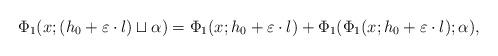
LaTeX: \begin{align*}\Phi_{1}(x;(h_{0}+\varepsilon\cdot l)\sqcup\alpha)=\Phi_{1}(x;h_{0}+\varepsilon\cdot l)+\Phi_{1}(\Phi_{1}(x;h_{0}+\varepsilon\cdot l);\alpha),\end{align*}